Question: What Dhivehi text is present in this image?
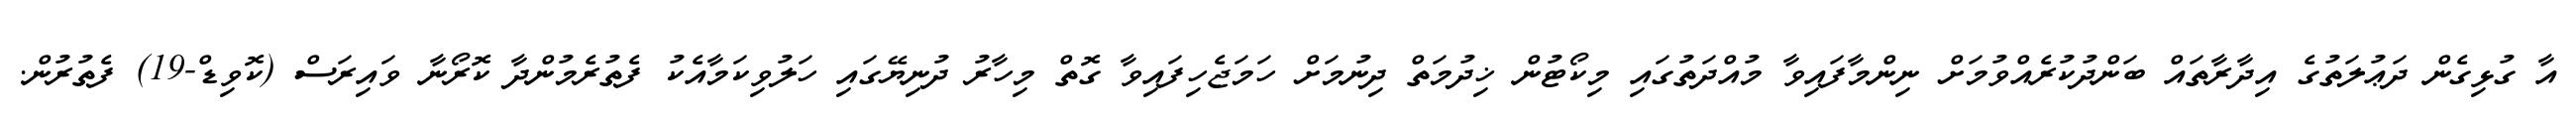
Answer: އާ ގުޅިގެން ދަޢުލަތުގެ އިދާރާތައް ބަންދުކުރެއްވުމަށް ނިންމާފައިވާ މުއްދަތުގައި މިކޯޓުން ޚިދުމަތް ދިނުމަށް ހަމަޖެހިފައިވާ ގޮތް މިހާރު ދުނިޔޭގައި ހަލުވިކަމާއެކު ފެތުރެމުންދާ ކޮރޯނާ ވައިރަސް (ކޮވިޑް-19) ފެތުރުން.